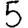
Digit: 5